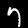
Digit: 7